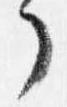
了